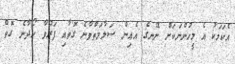
އެކަމަކު އެ މީހުންނަކަށް ނޭނގެ އެއިން ސަލާމަތްވާނެ ގޮތާއި ފަރުވާ ހޯދާނެ ގޮތް